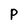
Character: P